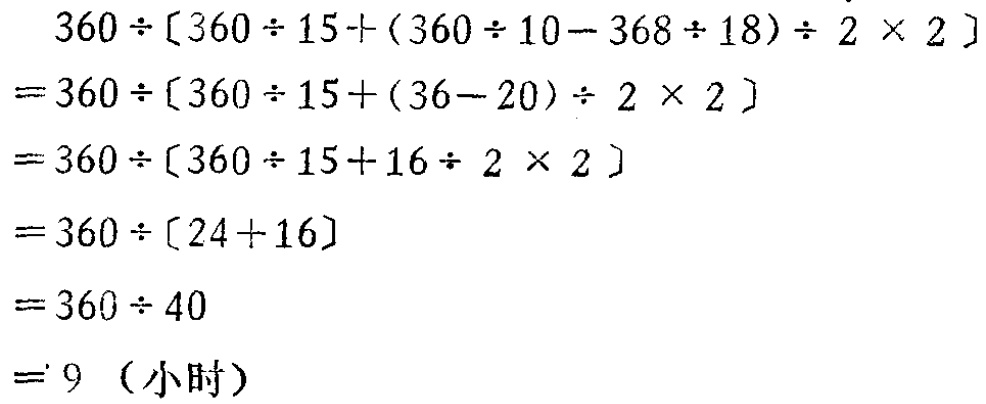
\[

\begin{align*}

&360\div[360\div15+(360\div10 - 368\div18)\div2\times2]\\

=&360\div[360\div15+(36 - 20)\div2\times2]\\

=&360\div[360\div15+16\div2\times2]\\

=&360\div[24 + 16]\\

=&360\div40\\

=&9 \text{（小时）}

\end{align*}

\]